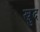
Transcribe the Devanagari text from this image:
ख्रुद